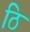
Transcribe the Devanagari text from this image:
ठि